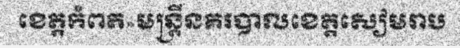
ខេត្តកំពត»មន្ត្រីនគរបាលខេត្តសៀមរាប